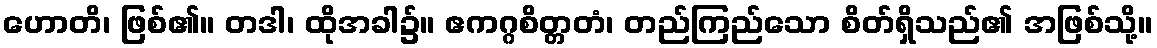
ဟောတိ၊ ဖြစ်၏။ တဒါ၊ ထိုအခါ၌။ ဧကဂ္ဂစိတ္တတံ၊ တည်ကြည်သော စိတ်ရှိသည်၏ အဖြစ်သို့။